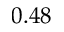
0 . 4 8